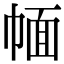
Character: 𢃮